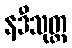
နဒီသုတ္တ